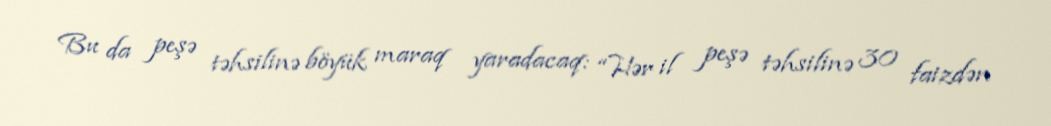
Bu da peşə təhsilinə böyük maraq yaradacaq: “Hər il peşə təhsilinə 30 faizdən